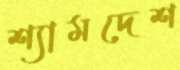
শ্যামদেশ